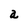
Character: a